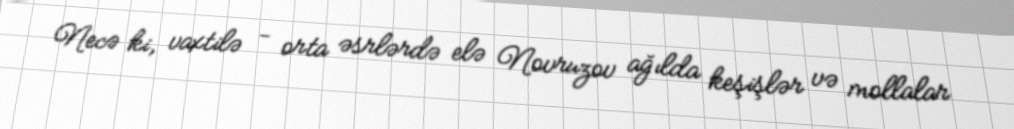
Necə ki, vaxtilə - orta əsrlərdə elə Novruzov ağılda keşişlər və mollalar